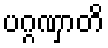
ပဂ္ဂဏှာတိ